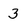
Character: 3